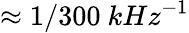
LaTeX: \approx 1/300~kHz^{-1}